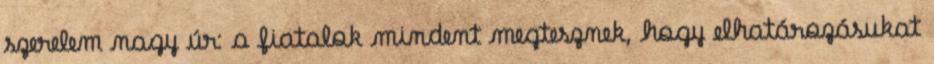
szerelem nagy úr: a fiatalok mindent megtesznek, hogy elhatározásukat